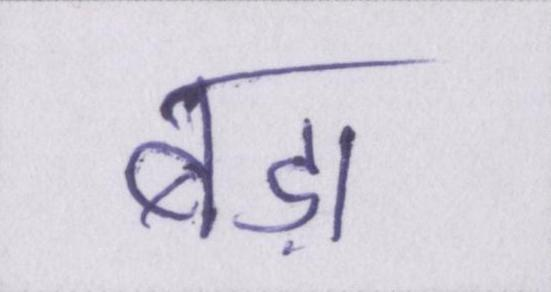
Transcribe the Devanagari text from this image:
बड़ा